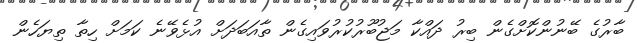
ބާރުގެ ބޭނުންކޮށްގެން ބިރު ދައްކާ މަޖުބޫރުކުރުވައިގެން ތާއަބަދަށް އުޅެވޭނެ ކަމަށް ހިތާ ތިޔަހެން